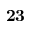
\mathbf { 2 3 }